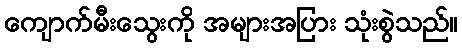
ကျောက်မီးသွေးကို အများအပြား သုံးစွဲသည်။